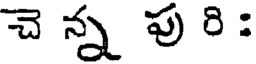
చె న్న పు రి :